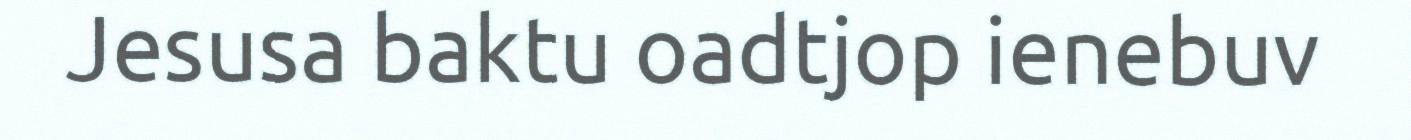
Jesusa baktu oadtjop ienebuv